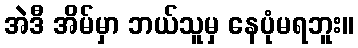
အဲဒီ အိမ်မှာ ဘယ်သူမှ နေပုံမရဘူး။